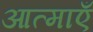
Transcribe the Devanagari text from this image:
आत्‍माएँ